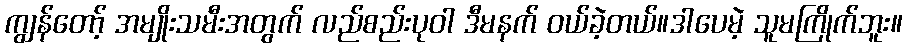
ကျွန်တော့် အမျိုးသမီးအတွက် လည်စည်းပုဝါ ဒီမနက် ဝယ်ခဲ့တယ်။ဒါပေမဲ့ သူမကြိုက်ဘူး။